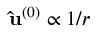
\mathbf { \hat { u } } ^ { ( 0 ) } \propto 1 / r